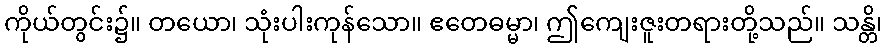
ကိုယ်တွင်း၌။ တယော၊ သုံးပါးကုန်သော။ ဧတေဓမ္မာ၊ ဤကျေးဇူးတရားတို့သည်။ သန္တိ၊